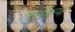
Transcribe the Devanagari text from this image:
वळविल्या